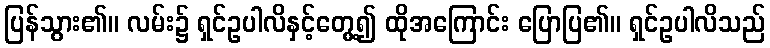
ပြန်သွား၏။ လမ်း၌ ရှင်ဥပါလိနှင့်တွေ့၍ ထိုအကြောင်း ပြောပြ၏။ ရှင်ဥပါလိသည်